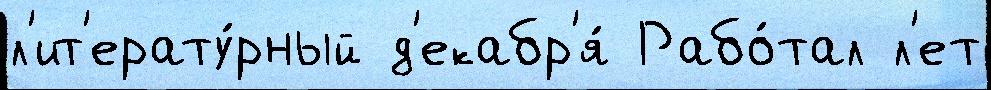
л'ит'ерату́рный д'екабр'я́ Рабо́тал л'ет